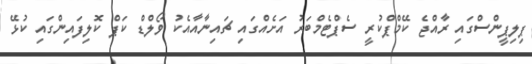
ޕިލިޕީންސްގައި ރާއްޖެ ކޭމްޕްކުރީ ސެޕްޓެމްބަރު އަށެއްގައި ޗައިނާއާއެކު ވޯލްޑް ކަޕް ކޮލިފައިންގައި ކުޅޭ